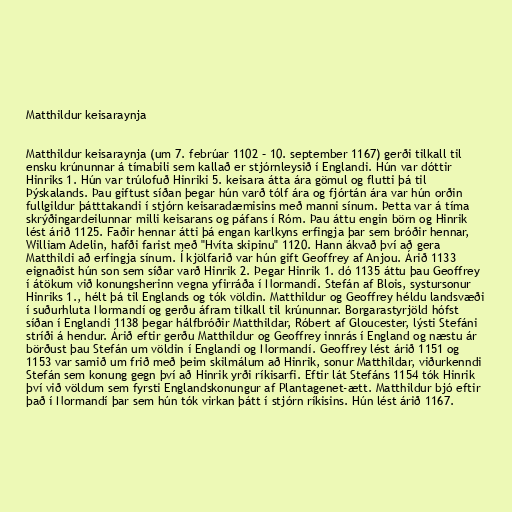
Matthildur keisaraynja

Matthildur keisaraynja (um 7. febrúar 1102 – 10. september 1167) gerði tilkall til
ensku krúnunnar á tímabili sem kallað er stjórnleysið í Englandi. Hún var dóttir
Hinriks 1. Hún var trúlofuð Hinriki 5. keisara átta ára gömul og flutti þá til
Þýskalands. Þau giftust síðan þegar hún varð tólf ára og fjórtán ára var hún orðin
fullgildur þátttakandi í stjórn keisaradæmisins með manni sínum. Þetta var á tíma
skrýðingardeilunnar milli keisarans og páfans í Róm. Þau áttu engin börn og Hinrik
lést árið 1125. Faðir hennar átti þá engan karlkyns erfingja þar sem bróðir hennar,
William Adelin, hafði farist með "Hvíta skipinu" 1120. Hann ákvað því að gera
Matthildi að erfingja sínum. Í kjölfarið var hún gift Geoffrey af Anjou. Árið 1133
eignaðist hún son sem síðar varð Hinrik 2. Þegar Hinrik 1. dó 1135 áttu þau Geoffrey
í átökum við konungsherinn vegna yfirráða í Normandí. Stefán af Blois, systursonur
Hinriks 1., hélt þá til Englands og tók völdin. Matthildur og Geoffrey héldu landsvæði
í suðurhluta Normandí og gerðu áfram tilkall til krúnunnar. Borgarastyrjöld hófst
síðan í Englandi 1138 þegar hálfbróðir Matthildar, Róbert af Gloucester, lýsti Stefáni
stríði á hendur. Árið eftir gerðu Matthildur og Geoffrey innrás í England og næstu ár
börðust þau Stefán um völdin í Englandi og Normandí. Geoffrey lést árið 1151 og
1153 var samið um frið með þeim skilmálum að Hinrik, sonur Matthildar, viðurkenndi
Stefán sem konung gegn því að Hinrik yrði ríkisarfi. Eftir lát Stefáns 1154 tók Hinrik
því við völdum sem fyrsti Englandskonungur af Plantagenet-ætt. Matthildur bjó eftir
það í Normandí þar sem hún tók virkan þátt í stjórn ríkisins. Hún lést árið 1167.